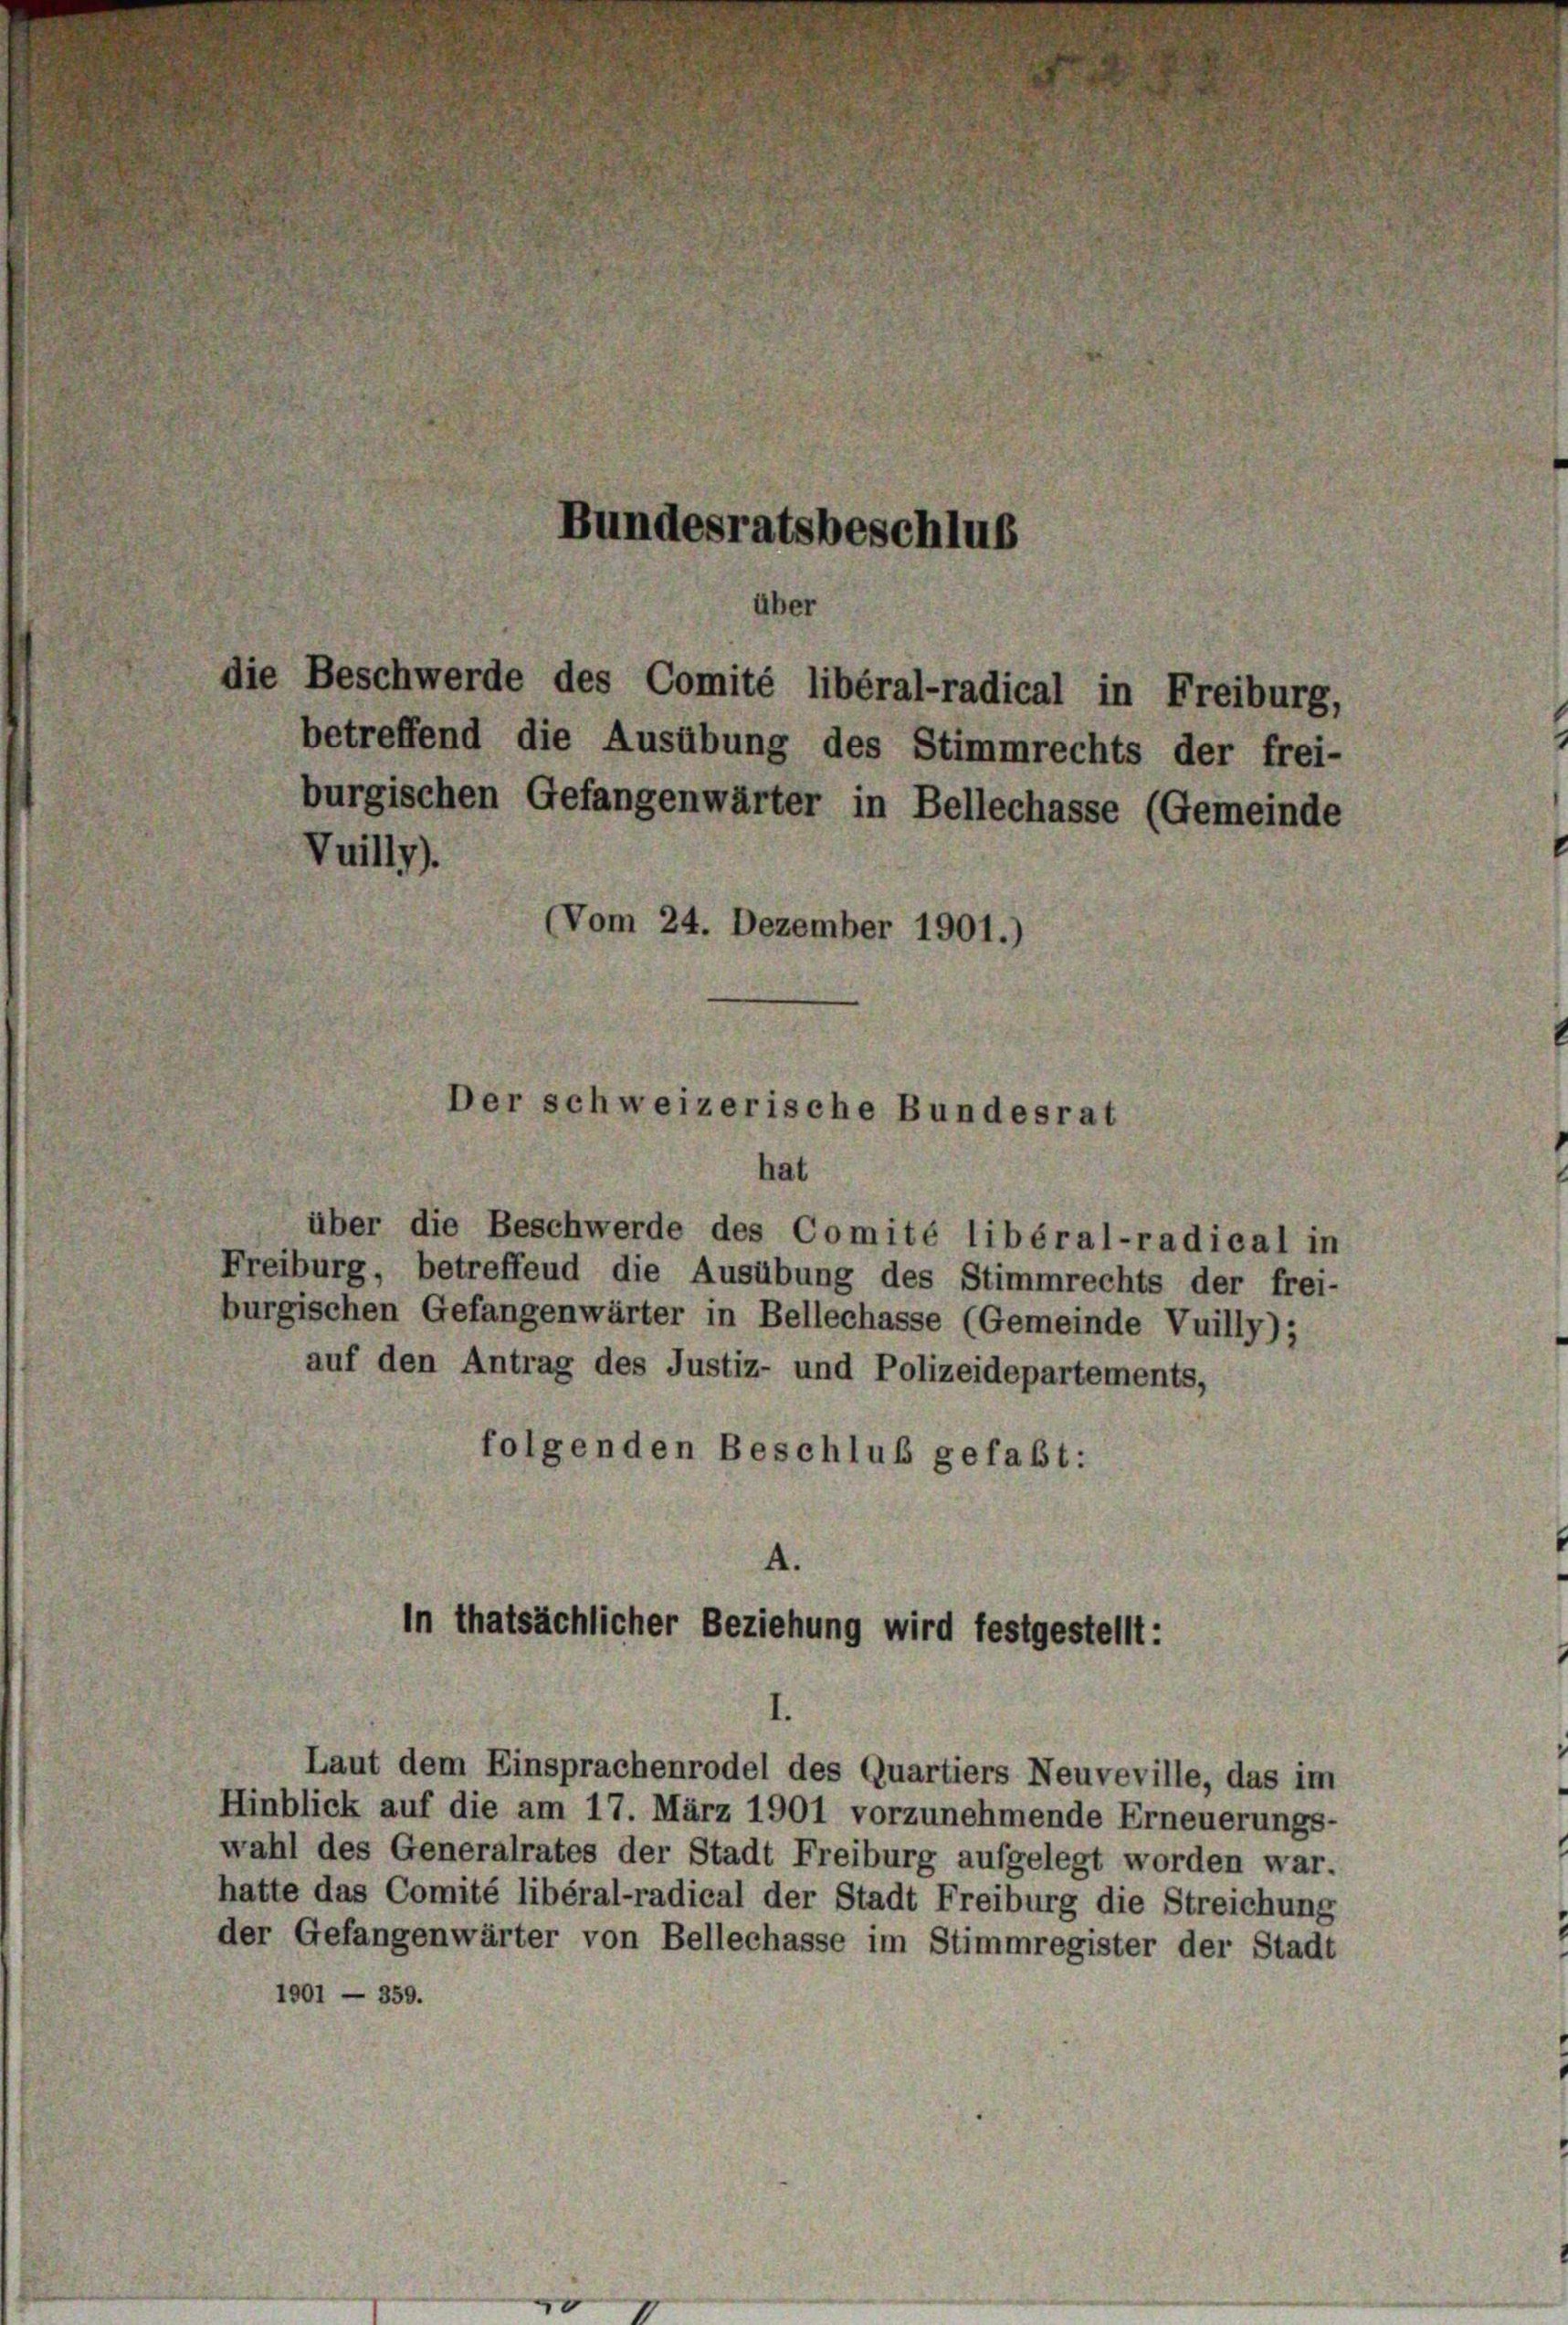
Vuilly).
(Vom 24. Dezember 1901.

Bundesratsbeschluß

über
die Beschwerde des Comité libéral-radical in Freiburg,

Der schweizerische Bundesrat

A.
in thatsächlicher Beziehung wird festgestellt:

I.

Hinblick auf die am 17. März 1901 vorzunehmende Erneuerungs-
wahl des Generalrates der Stadt Freiburg aufgelegt worden war.
hatte das Comité libéral-radical der Stadt Freiburg die Streichung
der Gefangenwärter von Bellechasse im Stimmregister der Stadt
1901 — 359.

betreffend die Ausübung des Stimmrechts der frei-
burgischen Gefangenwärter in Bellechasse (Gemeinde

hat
über die Beschwerde des Comité libéral-radical in
Freiburg, betreffend die Ausübung des Stimmrechts der frei-
burgischen Gefangenwärter in Bellechasse (Gemeinde Vuilly);
auf den Antrag des Justiz- und Polizeidepartements,
folgenden Beschluß gefaßt:

Laut dem Einsprachenrodel des Quartiers Neuveville, das im